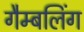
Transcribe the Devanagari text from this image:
गैम्बलिंग